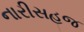
નારીસહજ